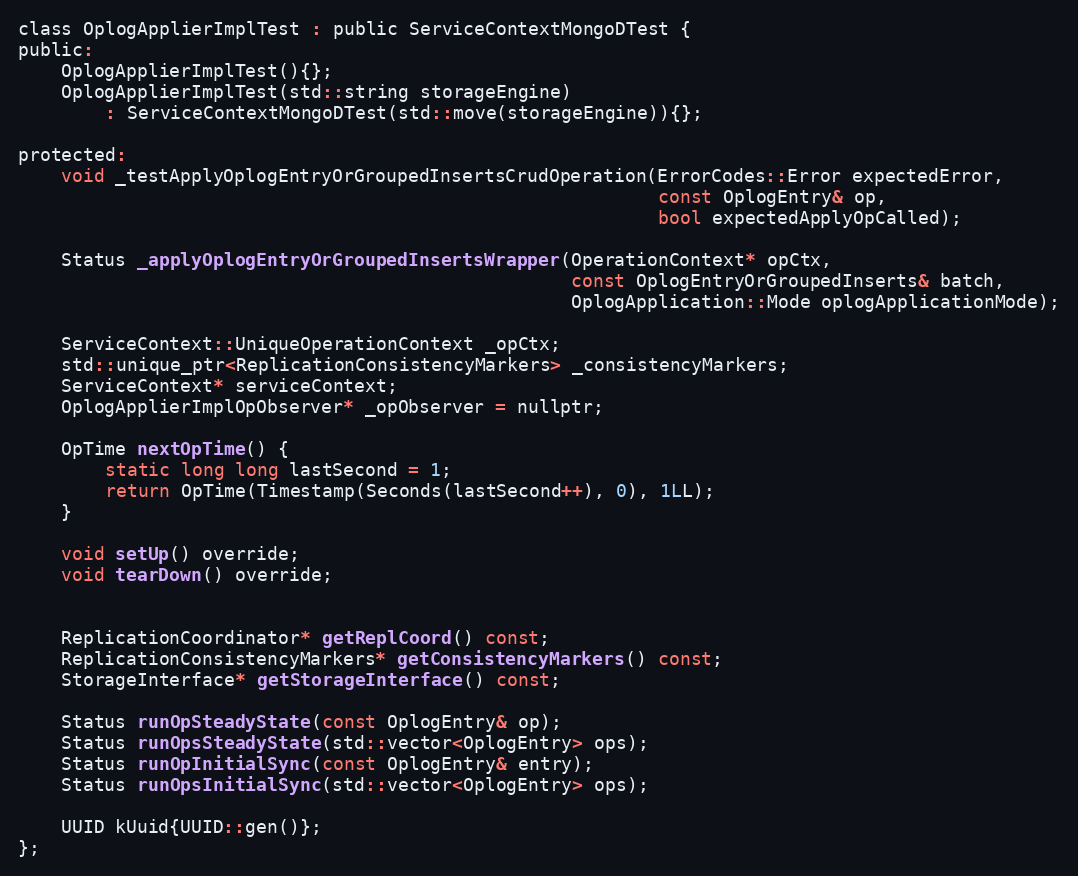
Language: C
class OplogApplierImplTest : public ServiceContextMongoDTest {
public:
    OplogApplierImplTest(){};
    OplogApplierImplTest(std::string storageEngine)
        : ServiceContextMongoDTest(std::move(storageEngine)){};

protected:
    void _testApplyOplogEntryOrGroupedInsertsCrudOperation(ErrorCodes::Error expectedError,
                                                           const OplogEntry& op,
                                                           bool expectedApplyOpCalled);

    Status _applyOplogEntryOrGroupedInsertsWrapper(OperationContext* opCtx,
                                                   const OplogEntryOrGroupedInserts& batch,
                                                   OplogApplication::Mode oplogApplicationMode);

    ServiceContext::UniqueOperationContext _opCtx;
    std::unique_ptr<ReplicationConsistencyMarkers> _consistencyMarkers;
    ServiceContext* serviceContext;
    OplogApplierImplOpObserver* _opObserver = nullptr;

    OpTime nextOpTime() {
        static long long lastSecond = 1;
        return OpTime(Timestamp(Seconds(lastSecond++), 0), 1LL);
    }

    void setUp() override;
    void tearDown() override;

    ReplicationCoordinator* getReplCoord() const;
    ReplicationConsistencyMarkers* getConsistencyMarkers() const;
    StorageInterface* getStorageInterface() const;

    Status runOpSteadyState(const OplogEntry& op);
    Status runOpsSteadyState(std::vector<OplogEntry> ops);
    Status runOpInitialSync(const OplogEntry& entry);
    Status runOpsInitialSync(std::vector<OplogEntry> ops);

    UUID kUuid{UUID::gen()};
};